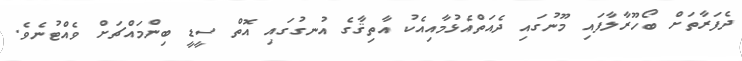
ދެފަރާތަށް ބޯހޫރާލާފައި މޫނުގައި ދެއަތްއެޅުމާއިއެކު އާތިޤާގެ އުނގުގައި އޮތް ސީޑީ ބިންމައްޗަށް ވެއްޓުނެވެ.